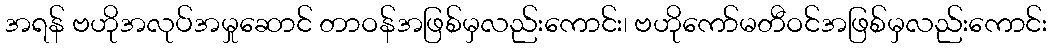
အရန် ဗဟိုအလုပ်အမှုဆောင် တာဝန်အဖြစ်မှလည်းကောင်း၊ ဗဟိုကော်မတီဝင်အဖြစ်မှလည်းကောင်း